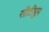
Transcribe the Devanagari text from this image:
सीटीग्रुप